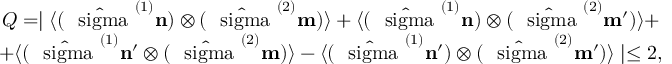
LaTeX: \begin{array} { c } { { Q = \mid \langle ( \hat { \mathrm { \boldmath ~ \ s i g m a ~ } } ^ { ( 1 ) } { \bf n } ) \otimes ( \hat { \mathrm { \boldmath ~ \ s i g m a ~ } } ^ { ( 2 ) } { \bf m } ) \rangle + \langle ( \hat { \mathrm { \boldmath ~ \ s i g m a ~ } } ^ { ( 1 ) } { \bf n } ) \otimes ( \hat { \mathrm { \boldmath ~ \ s i g m a ~ } } ^ { ( 2 ) } { \bf m } ^ { \prime } ) \rangle + } } \\ { { + \langle ( \hat { \mathrm { \boldmath ~ \ s i g m a ~ } } ^ { ( 1 ) } { \bf n } ^ { \prime } \otimes ( \hat { \mathrm { \boldmath ~ \ s i g m a ~ } } ^ { ( 2 ) } { \bf m } ) \rangle - \langle ( \hat { \mathrm { \boldmath ~ \ s i g m a ~ } } ^ { ( 1 ) } { \bf n } ^ { \prime } ) \otimes ( \hat { \mathrm { \boldmath ~ \ s i g m a ~ } } ^ { ( 2 ) } { \bf m } ^ { \prime } ) \rangle \mid \le 2 , } } \end{array}